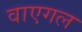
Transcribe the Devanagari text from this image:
वाएगल